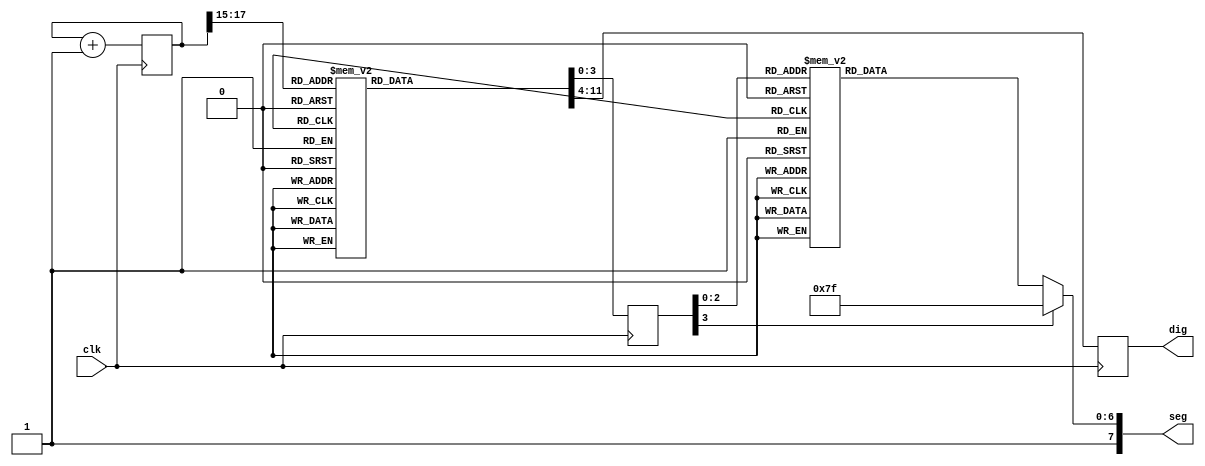
module fpga_fun( clk, seg, dig);
 
input clk;
output [7:0] seg;
output [7:0] dig; 
 
parameter N = 18;
 
reg [N-1:0] count; 
reg [3:0] d; 
reg [7:0] seg;
reg [7:0] an; 

always @ (posedge clk)
 begin
  count <= count + 1;
  
  case(count[N-1:N-3])  
   0:
    begin
     d = 4'd7;
     an = 8'b11111110;
    end
    
   1:  
    begin
     d = 4'd6;
     an = 8'b11111101;
    end
    
   2:  
    begin
     d = 4'd5; 
     an = 8'b11111011;
    end
     
   3:  
    begin
     d = 4'd4;
     an = 8'b11110111;
    end
    
   4:
    begin
     d = 4'd3;
     an = 8'b11101111;
    end
        
   5:  
    begin
     d = 4'd2;
     an = 8'b11011111;
    end
        
   6:  
    begin
     d = 4'd1;
     an = 8'b10111111;
    end
         
   7:  
    begin
     d = 4'd0;
     an = 8'b01111111;
    end
  endcase
 end
assign dig = an;
 

 
always @ (dd)
 begin
  seg[7] = 1'b1; 
  case(d)
     4'd0 : seg[6:0] = 7'b1000110; //C
     4'd1 : seg[6:0] = 7'b0001100; //P
     4'd2 : seg[6:0] = 7'b0000110; //E
     4'd3 : seg[6:0] = 7'b1111001; //1
     4'd4 : seg[6:0] = 7'b0000010; //6
     4'd5 : seg[6:0] = 7'b0000010; //6
     4'd6 : seg[6:0] = 7'b0001000; //A
     4'd7 : seg[6:0] = 7'b0001100; //P
   default : seg[6:0] = 7'b1111111; //blank
  endcase
 end 
 
endmodule